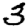
Digit: 3